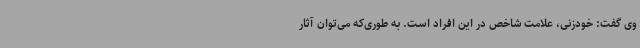
وی گفت: خودزنی، علامت شاخص در این افراد است. به طوری‌که می‌توان آثار